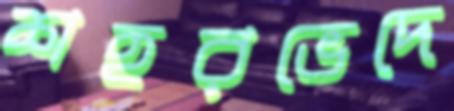
শহরভেদে